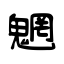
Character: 魍